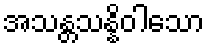
အသန္တသန္နိဝါသော